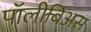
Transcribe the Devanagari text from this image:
पॉलीबिअस